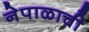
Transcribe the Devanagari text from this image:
नेपाळाची